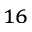
^ { 1 6 }